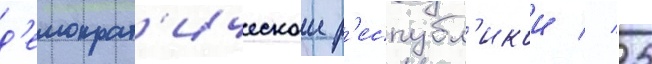
д'емократ'ическои р'еспубл'икои // 25